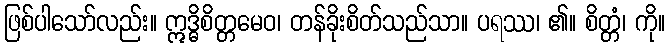
ဖြစ်ပါသော်လည်း။ ဣဒ္ဓိစိတ္တမေဝ၊ တန်ခိုးစိတ်သည်သာ။ ပရဿ၊ ၏။ စိတ္တံ၊ ကို။